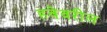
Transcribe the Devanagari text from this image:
हवेवरील